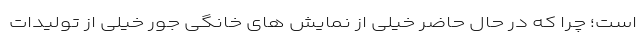
است؛ چرا که در حال حاضر خیلی از نمایش ‌های خانگی جور خیلی از تولیدات